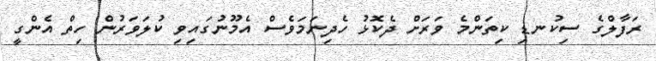
ރަފާލްގެ ސިކުނޑި ކިތަންމެ ވަރަށް ދެކޮޅު ހެދިނަމަވެސް އެމޫނުގައިވި ކުލަވަރުން ހިތް އެންގީ